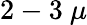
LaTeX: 2-3~\mu